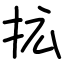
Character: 拡